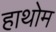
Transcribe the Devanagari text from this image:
हाथोम